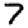
Digit: 7